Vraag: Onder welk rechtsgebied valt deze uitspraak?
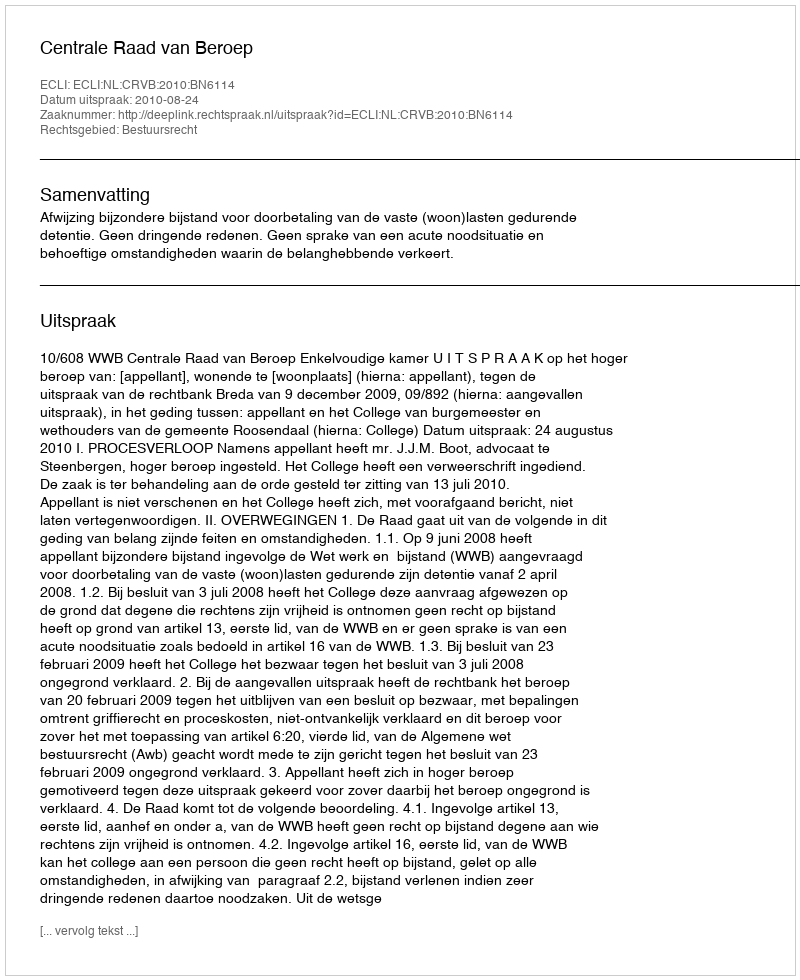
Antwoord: Bestuursrecht